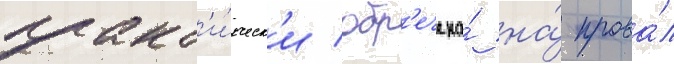
практ'и́ческ'и обр'ечена́ на́ прова́л